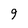
Character: 9